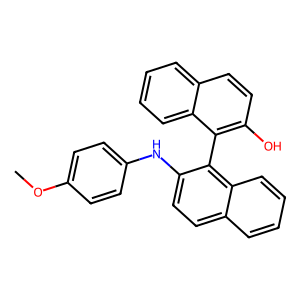
SMILES: COc1ccc(Nc2ccc3ccccc3c2-c2c(O)ccc3ccccc23)cc1
Inhibits HIV replication: No